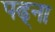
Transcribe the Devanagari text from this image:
पढ्ना